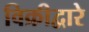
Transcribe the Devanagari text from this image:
विक्रीद्वारे